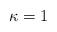
LaTeX: \begin{align*} \kappa=1\end{align*}